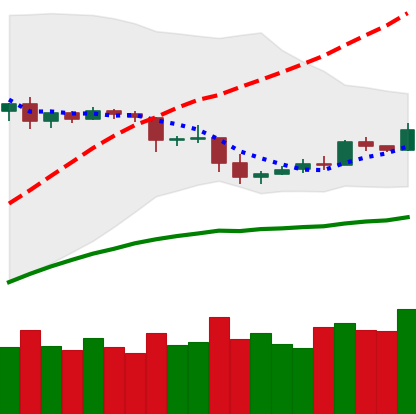
Ticker: ETC-USD
Chart end date: 2019-05-03
Forward return: -5.59%
Label: down_5_7